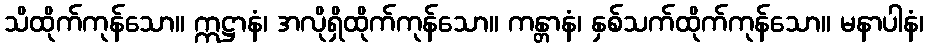
သိထိုက်ကုန်သော။ ဣဋ္ဌာနံ၊ အလိုရှိထိုက်ကုန်သော။ ကန္တာနံ၊ နှစ်သက်ထိုက်ကုန်သော။ မနာပါနံ၊